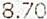
8.70